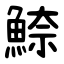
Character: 䱞